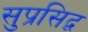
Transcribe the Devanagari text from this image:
सुप्रसिद्व